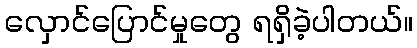
လှောင်ပြောင်မှုတွေ ရရှိခဲ့ပါတယ်။